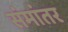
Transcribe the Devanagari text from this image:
संमांतर